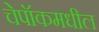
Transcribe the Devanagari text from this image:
चेपॉकमधील